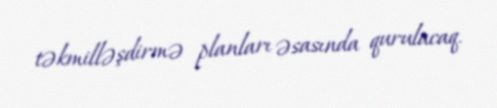
təkmilləşdirmə planları əsasında qurulacaq.